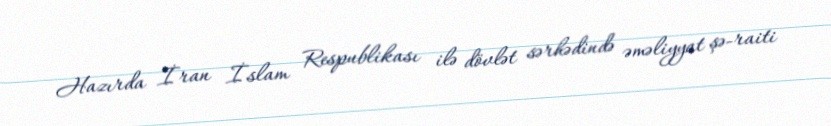
Hazırda İran İslam Respublikası ilə dövlət sərhədində əməliyyat şə­raiti